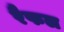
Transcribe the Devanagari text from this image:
रैफल